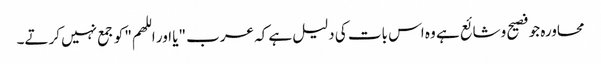
محاورہ جو فصیح وشائع ہے وہ اس بات کی دلیل ہے کہ عرب "یا اور اللھم" کو جمع نہیں کرتے۔